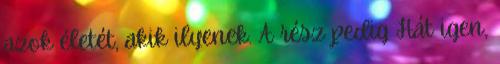
azok életét, akik ilyenek. A rész pedig Hát igen,